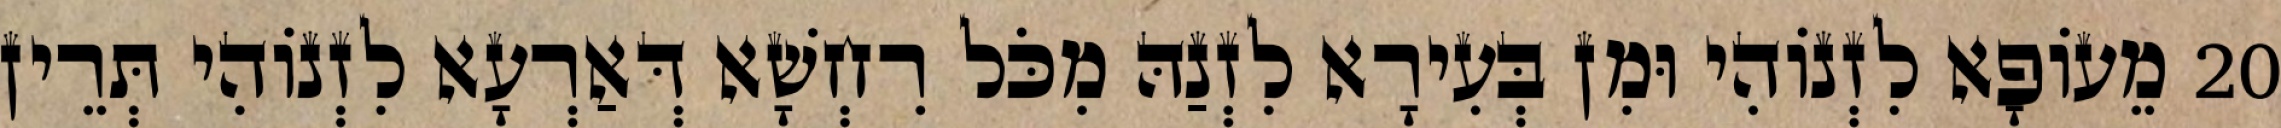
20 מֵעוֹפָא לִזְנוֹהִי וּמִן בְּעִירָא לִזְנַהּ מִכֹּל רִחְשָׁא דְּאַרְעָא לִזְנוֹהִי תְּרֵין